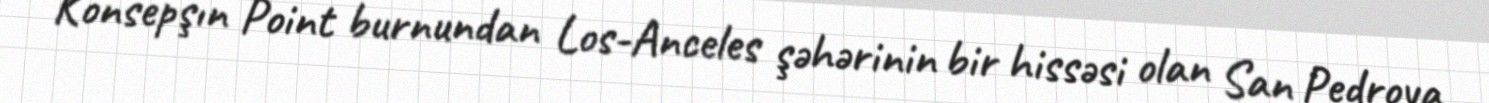
Konsepşın Point burnundan Los-Anceles şəhərinin bir hissəsi olan San Pedroya